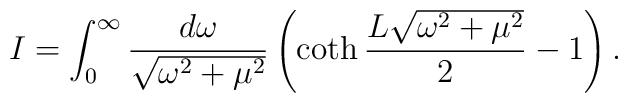
I =\int_{0}^\infty \frac {d\omega}{\sqrt{\omega^2 + \mu^2}} \left( \coth \frac {L\sqrt{\omega^2 +\mu^2}}2 - 1\right) .